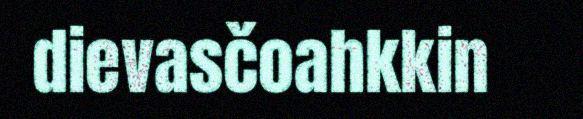
dievasčoahkkin